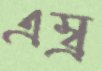
এম্ব্র